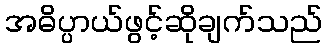
အဓိပ္ပာယ်ဖွင့်ဆိုချက်သည်